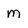
Character: m